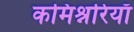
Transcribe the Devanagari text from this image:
कमिश्नरियाँ